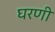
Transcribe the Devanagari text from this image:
घरणी